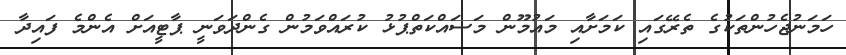
ހަމަނުޖެހުންތަކުގެ ތެރޭގައި ކަމަށާއި މައުމޫން މަސައްކަތްޕުޅު ކުރައްވަމުން ގެންދަވަނީ ޕާޓީއަށް އެންމެ ފައިދާ